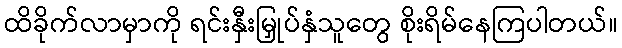
ထိခိုက်လာမှာကို ရင်းနှီးမြှုပ်နှံသူတွေ စိုးရိမ်နေကြပါတယ်။